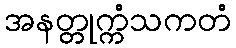
အနတ္တုက္ကံသကတံ